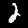
Digit: 2